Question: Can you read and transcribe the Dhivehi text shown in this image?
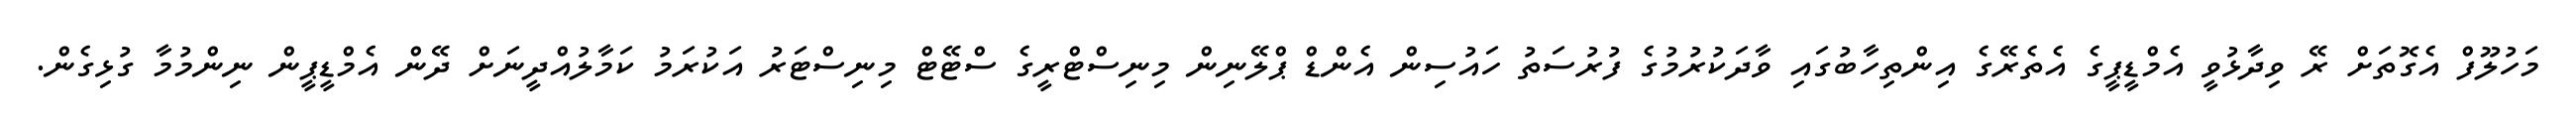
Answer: މަހުލޫފް އެގޮތަށް ރޭ ވިދާޅުވީ އެމްޑީޕީގެ އެތެރޭގެ އިންތިހާބުގައި ވާދަކުރުމުގެ ފުރުސަތު ހައުސިން އެންޑް ޕްލޭނިން މިނިސްޓްރީގެ ސްޓޭޓް މިނިސްޓަރު އަކުރަމު ކަމާލުއްދީނަށް ދޭން އެމްޑީޕީން ނިންމުމާ ގުޅިގެން.